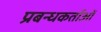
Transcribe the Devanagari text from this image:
प्रबन्धकर्ताओं